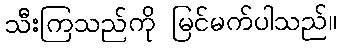
သီးကြသည်ကို မြင်မက်ပါသည်။